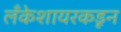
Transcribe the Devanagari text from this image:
लँकेशायरकडून